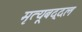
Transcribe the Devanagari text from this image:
मृत्यूबद्दल